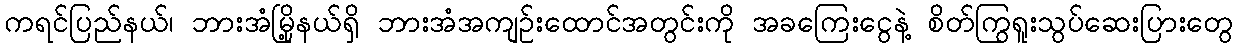
ကရင်ပြည်နယ်၊ ဘားအံမြို့နယ်ရှိ ဘားအံအကျဉ်းထောင်အတွင်းကို အခကြေးငွေနဲ့ စိတ်ကြွရူးသွပ်ဆေးပြားတွေ